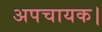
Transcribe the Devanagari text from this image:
अपचायक।